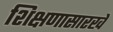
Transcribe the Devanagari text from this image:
शिक्षणासारखे